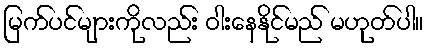
မြက်ပင်များကိုလည်း ဝါးနေနိုင်မည် မဟုတ်ပါ။